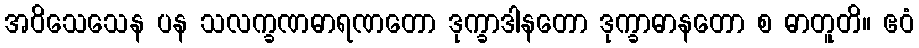
အဝိသေသေန ပန သလက္ခဏဓာရဏတော ဒုက္ခာဒါနတော ဒုက္ခာဓာနတော စ ဓာတူတိ။ ဧဝံ